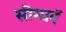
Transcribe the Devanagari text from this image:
सीमाएॅ